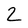
Character: 2